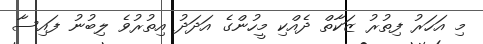
މި އަހަރު ފިތުރު ޒަކާތް ދެއްކި މީހުންގެ އަދަދު އިތުރުވެ ލިބުނު ފައިސާ